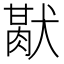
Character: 𤡜